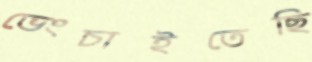
ভেংচাইতেছি